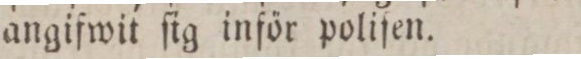
angifwit ſig inför poliſen.